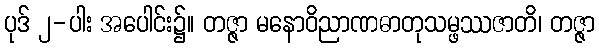
ပုဒ် ၂-ပါး အပေါင်း၌။ တဇ္ဇာ မနောဝိညာဏဓာတုသမ္ဖဿဇာတိ၊ တဇ္ဇာ